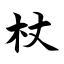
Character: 杖